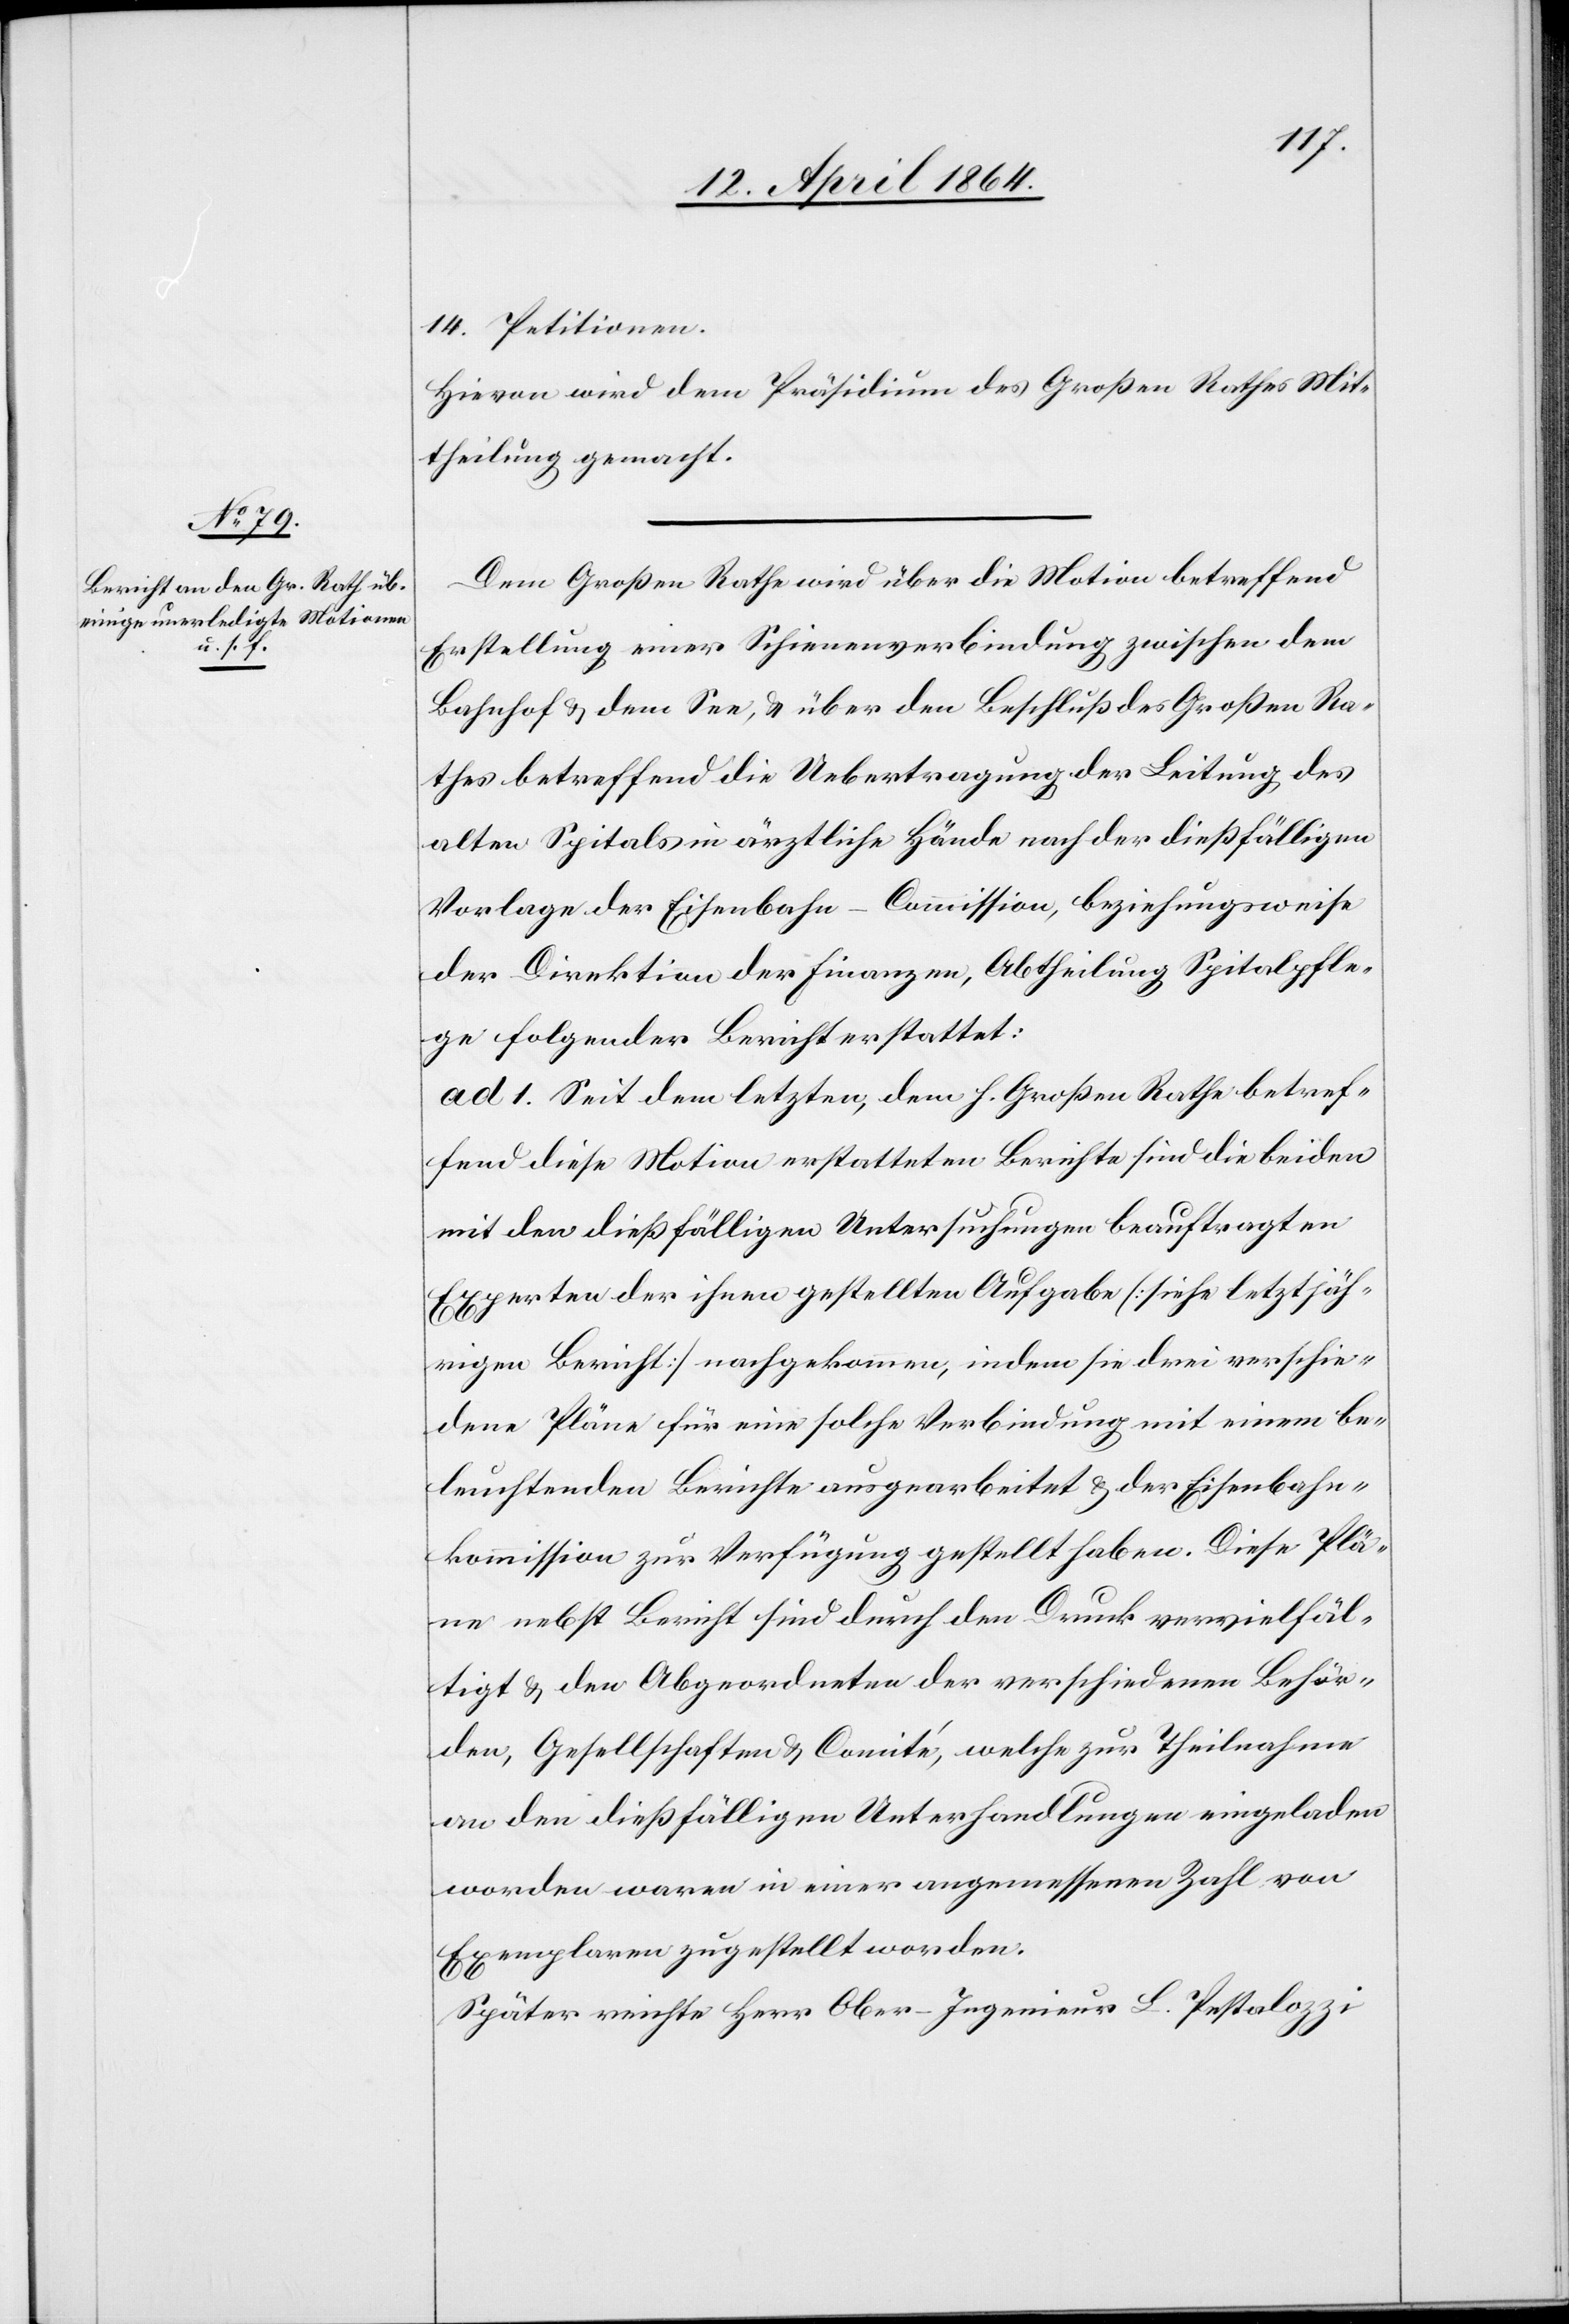
14. Petitionen.
Hievon wird dem Präsidium des Großen Rathes Mit¬
theilung gemacht.
Dem Großen Rathe wird über die Motion betreffend
Erstellung einer Schienenverbindung zwischen dem
Bahnhof u. dem See, u. über den Beschluß des Großen Ra¬
thes betreffend die Uebertragung der Leitung des
alten Spitals in ärztliche Hände nach der dießfälligen
Vorlage der Eisenbahn-Commission, beziehungsweise
der Direktion der Finanzen, Abtheilung Spitalpfle¬
ge folgender Bericht erstattet:
ad 1. Seit dem letzten, dem h. Großen Rathe betref¬
fend diese Motion erstatteten Berichte sind die beiden
mit den dießfälligen Untersuchungen beauftragten
Experten der ihnen gestellten Aufgabe [siehe letztjäh¬
rigen Bericht] nachgekommen, indem sie drei verschie¬
dene Pläne für eine solche Verbindung mit einem be¬
leuchtenden Berichte ausgearbeitet u. der Eisenbahn¬
kommission zur Verfügung gestellt haben. Diese Plä¬
ne nebst Bericht sind durch den Druck vervielfäl¬
tigt u. den Abgeordneten der verschiedenen Behör¬
den, Gesellschaften u. Comité, welche zur Theilnahme
an den dießfälligen Unterhandlungen eingeladen
worden waren in einer angemessenen Zahl von
Exemplaren zugestellt worden.
Später reichte Herr Ober-Ingenieur L. Pestalozzi